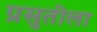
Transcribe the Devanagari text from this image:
प्रसुतीला